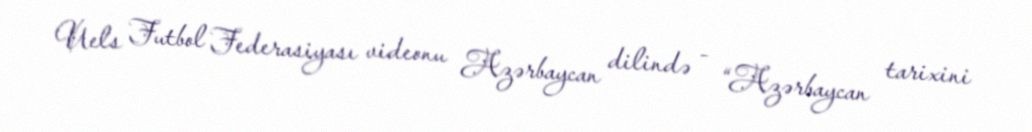
Uels Futbol Federasiyası videonu Azərbaycan dilində - “Azərbaycan tarixini